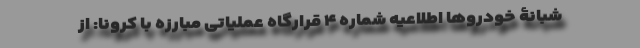
شبانۀ خودرو‌ها اطلاعیه شماره ۴ قرارگاه عملیاتی مبارزه با کرونا: از